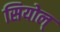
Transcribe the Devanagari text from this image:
सियोल्